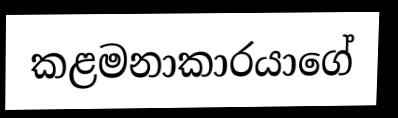
කළමනාකාරයාගේ